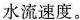
水流速度。